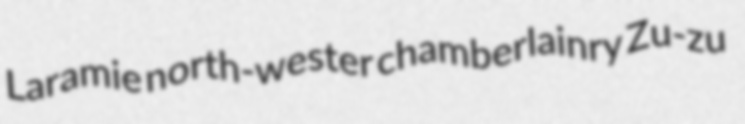
Laramie north-wester chamberlainry Zu-zu